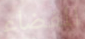
للفضاء